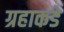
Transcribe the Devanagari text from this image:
ग्रहाकडे